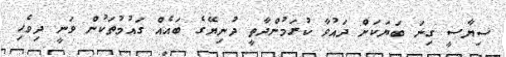
ސިޔާސީ ގިނަ ބަޔަކަށް ދައުވާ ކުރަމުންދާތީ ދުނިޔޭގެ ބައެއް ގައުމުތަކުން ވަނީ ދިވެހި